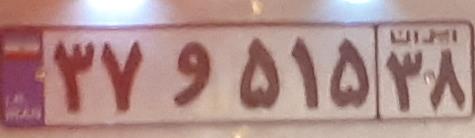
۳۷و۵۱۵۳۸